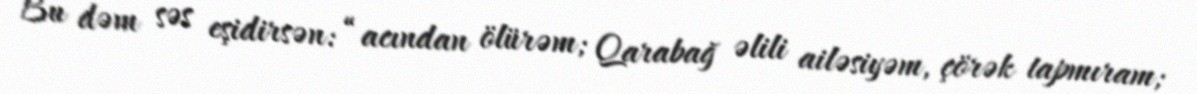
Bu dəm səs eşidirsən: “acından ölürəm; Qarabağ əlili ailəsiyəm, çörək tapmıram;